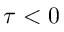
\tau < 0